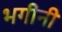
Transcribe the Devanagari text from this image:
भगीनी